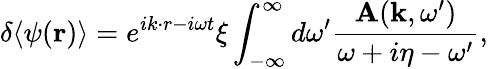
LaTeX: \delta\langle\psi(\mathbf{r})\rangle=e^{ik\cdot r-i\omega t}\xi\int_{-\infty}^{\infty}d\omega^{\prime}\frac{\mathbf{A}(\mathbf{k},\omega^{\prime})}{\omega+i\eta-\omega^{\prime}},